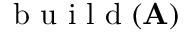
\mathrm { ~ b ~ u ~ i ~ l ~ d ~ } ( \mathbf { A } )